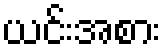
ယင်းအစား